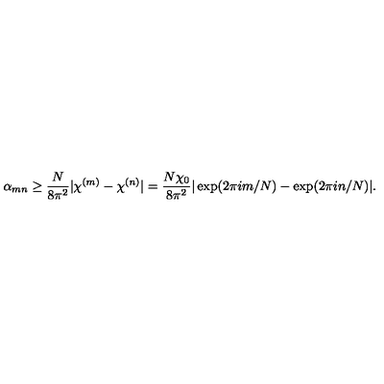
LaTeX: \alpha _ { m n } \geq \frac { N } { 8 \pi ^ { 2 } } | \chi ^ { ( m ) } - \chi ^ { ( n ) } | = \frac { N \chi _ { 0 } } { 8 \pi ^ { 2 } } | \exp ( 2 \pi i m / N ) - \exp ( 2 \pi i n / N ) | .